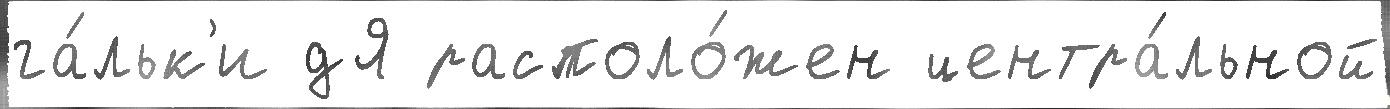
га́льк'и дЯ располо́жен центра́льной